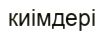
киімдері